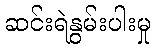
ဆင်းရဲနွမ်းပါးမှု